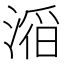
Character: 𪶴